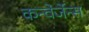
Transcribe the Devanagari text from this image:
कन्वेर्जेन्स